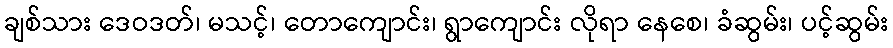
ချစ်သား ဒေဝဒတ်၊ မသင့်၊ တောကျောင်း၊ ရွာကျောင်း လိုရာ နေစေ၊ ခံဆွမ်း၊ ပင့်ဆွမ်း